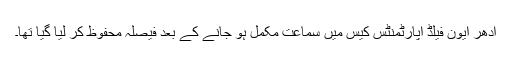
ادھر ایون فیلڈ اپارٹمنٹس کیس میں سماعت مکمل ہو جانے کے بعد فیصلہ محفوظ کر لیا گیا تھا۔